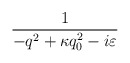
\begin{align*}\frac{1}{-q^{2}+\kappa q_{0}^{2}-i\varepsilon }\end{align*}